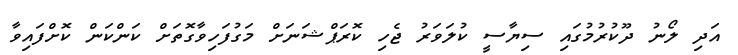
އަދި ލޯނު ދޫކުރުމުގައި ސިޔާސީ ކުލަވަރު ޖެހި ކޮރަޕްޝަނަށް މަގުފަހިވާގޮތަށް ކަންކަން ކޮށްފައިވާ